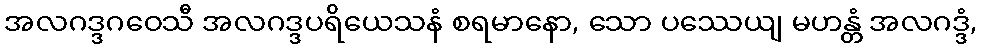
အလဂဒ္ဒဂဝေသီ အလဂဒ္ဒပရိယေသနံ စရမာနော, သော ပဿေယျ မဟန္တံ အလဂဒ္ဒံ,